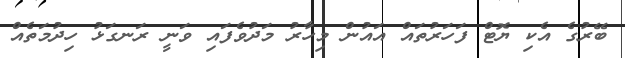
ބޭރުގެ އެކި ޔޮޓް ފަހަރުތައް އައުން މިހާރު މަދުވެފައި ވަނީ ރަނގަޅު ހިދުމަތެއް